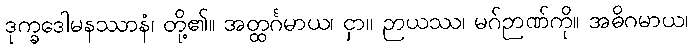
ဒုက္ခဒေါမနဿာနံ၊ တို့၏။ အတ္ထင်္ဂမာယ၊ ငှာ။ ဉာယဿ၊ မဂ်ဉာဏ်ကို။ အဓိဂမာယ၊